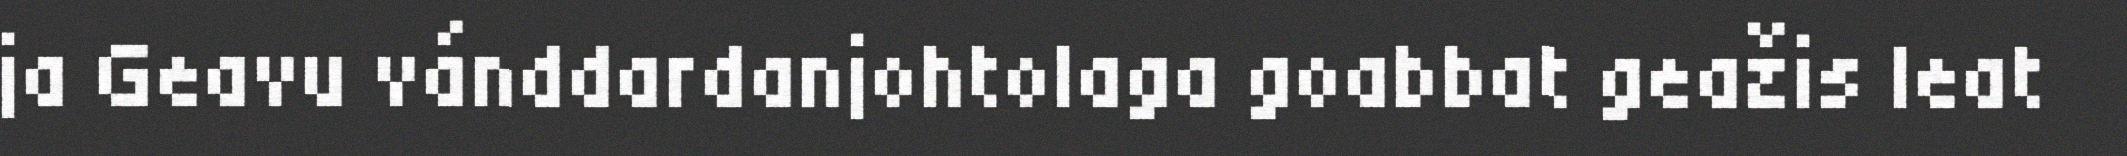
ja Geavu vánddardanjohtolaga goabbat geažis leat